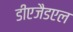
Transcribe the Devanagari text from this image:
डीएजैडएल